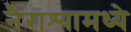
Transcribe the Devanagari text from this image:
नैराश्यामध्ये